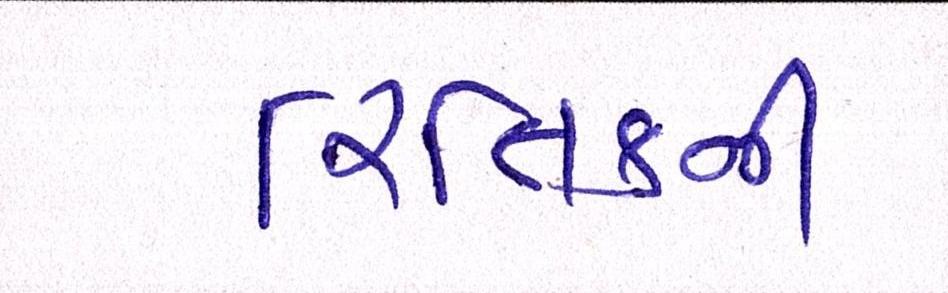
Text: રિતિકની